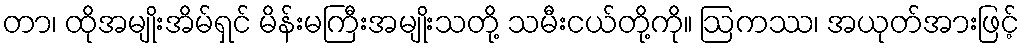
တာ၊ ထိုအမျိုးအိမ်ရှင် မိန်းမကြီးအမျိုးသတို့ သမီးငယ်တို့ကို။ ဩကဿ၊ အယုတ်အားဖြင့်